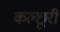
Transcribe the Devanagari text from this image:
कल्छूरी